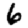
Digit: 6